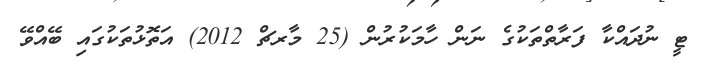
ޓީ ނުދައްކާ ފަރާތްތަކުގެ ނަން ހާމަކުރުން (25 މާރޗް 2012) އަތޮޅުތަކުގައި ބޭއްވޭ